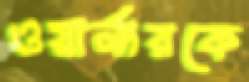
ওয়ার্নারকে